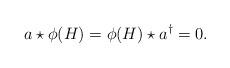
LaTeX: \begin{align*}a\star \phi(H)=\phi(H)\star {a^\dagger}=0.\end{align*}